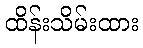
ထိန်းသိမ်းထား